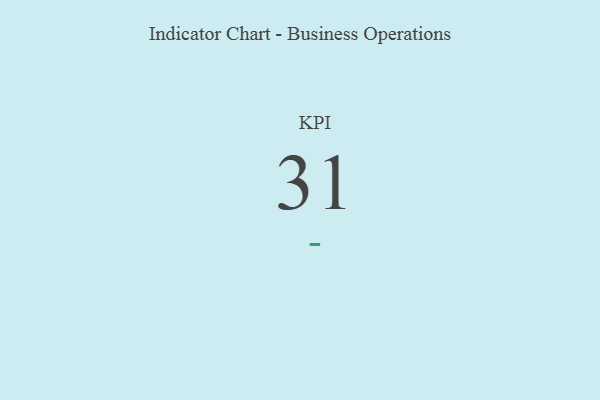
{"axis": {"x": "KPI", "y": "Value"}, "legend": [""], "data": [{"x": "KPI", "y": 31, "type": ""}]}